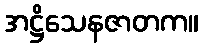
အဋ္ဌိသေနဇာတက။